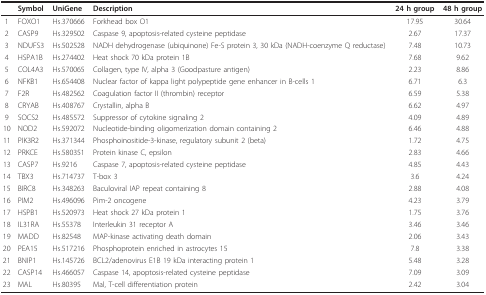
<table><thead><tr><td></td><td><b>Symbol</b></td><td><b>UniGene</b></td><td><b>Description</b></td><td><b>24 h group</b></td><td><b>48 h group</b></td></tr></thead><tbody><tr><td>1</td><td>FOXO1</td><td>Hs.370666</td><td>Forkhead box O1</td><td>17.95</td><td>30.64</td></tr><tr><td>2</td><td>CASP9</td><td>Hs.329502</td><td>Caspase 9, apoptosis-related cysteine peptidase</td><td>2.67</td><td>17.37</td></tr><tr><td>3</td><td>NDUFS3</td><td>Hs.502528</td><td>NADH dehydrogenase (ubiquinone) Fe-S protein 3, 30 kDa (NADH-coenzyme Q reductase)</td><td>7.48</td><td>10.73</td></tr><tr><td>4</td><td>HSPA1B</td><td>Hs.274402</td><td>Heat shock 70 kDa protein 1B</td><td>7.68</td><td>9.62</td></tr><tr><td>5</td><td>COL4A3</td><td>Hs.570065</td><td>Collagen, type IV, alpha 3 (Goodpasture antigen)</td><td>2.23</td><td>8.86</td></tr><tr><td>6</td><td>NFKB1</td><td>Hs.654408</td><td>Nuclear factor of kappa light polypeptide gene enhancer in B-cells 1</td><td>6.71</td><td>6.3</td></tr><tr><td>7</td><td>F2R</td><td>Hs.482562</td><td>Coagulation factor II (thrombin) receptor</td><td>6.59</td><td>5.38</td></tr><tr><td>8</td><td>CRYAB</td><td>Hs.408767</td><td>Crystallin, alpha B</td><td>6.62</td><td>4.97</td></tr><tr><td>9</td><td>SOCS2</td><td>Hs.485572</td><td>Suppressor of cytokine signaling 2</td><td>4.09</td><td>4.89</td></tr><tr><td>10</td><td>NOD2</td><td>Hs.592072</td><td>Nucleotide-binding oligomerization domain containing 2</td><td>6.46</td><td>4.88</td></tr><tr><td>11</td><td>PIK3R2</td><td>Hs.371344</td><td>Phosphoinositide-3-kinase, regulatory subunit 2 (beta)</td><td>1.72</td><td>4.75</td></tr><tr><td>12</td><td>PRKCE</td><td>Hs.580351</td><td>Protein kinase C, epsilon</td><td>2.83</td><td>4.66</td></tr><tr><td>13</td><td>CASP7</td><td>Hs.9216</td><td>Caspase 7, apoptosis-related cysteine peptidase</td><td>4.85</td><td>4.43</td></tr><tr><td>14</td><td>TBX3</td><td>Hs.714737</td><td>T-box 3</td><td>3.6</td><td>4.24</td></tr><tr><td>15</td><td>BIRC8</td><td>Hs.348263</td><td>Baculoviral IAP repeat containing 8</td><td>2.88</td><td>4.08</td></tr><tr><td>16</td><td>PIM2</td><td>Hs.496096</td><td>Pim-2 oncogene</td><td>4.23</td><td>3.79</td></tr><tr><td>17</td><td>HSPB1</td><td>Hs.520973</td><td>Heat shock 27 kDa protein 1</td><td>1.75</td><td>3.76</td></tr><tr><td>18</td><td>IL31RA</td><td>Hs.55378</td><td>Interleukin 31 receptor A</td><td>3.46</td><td>3.46</td></tr><tr><td>19</td><td>MADD</td><td>Hs.82548</td><td>MAP-kinase activating death domain</td><td>2.06</td><td>3.43</td></tr><tr><td>20</td><td>PEA15</td><td>Hs.517216</td><td>Phosphoprotein enriched in astrocytes 15</td><td>7.8</td><td>3.38</td></tr><tr><td>21</td><td>BNIP1</td><td>Hs.145726</td><td>BCL2/adenovirus E1B 19 kDa interacting protein 1</td><td>5.48</td><td>3.28</td></tr><tr><td>22</td><td>CASP14</td><td>Hs.466057</td><td>Caspase 14, apoptosis-related cysteine peptidase</td><td>7.09</td><td>3.09</td></tr><tr><td>23</td><td>MAL</td><td>Hs.80395</td><td>Mal, T-cell differentiation protein</td><td>2.42</td><td>3.04</td></tr></tbody></table>